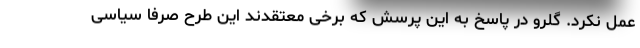
عمل نکرد. گلرو در پاسخ به این پرسش که برخی معتقدند این طرح صرفا سیاسی